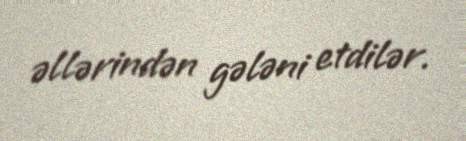
əllərindən gələni etdilər.